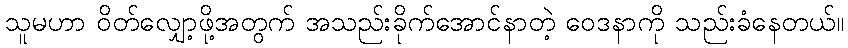
သူမဟာ ဝိတ်လျှော့ဖို့အတွက် အသည်းခိုက်အောင်နာတဲ့ ဝေဒနာကို သည်းခံနေတယ်။